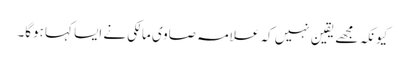
کیونکہ مجھے یقین نہیں کہ علامہ صاوی مالکی نے ایسا کہا ہوگا۔